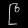
Digit: ၉